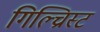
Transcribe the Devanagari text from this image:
गिल्च्रिस्ट